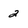
Character: 2